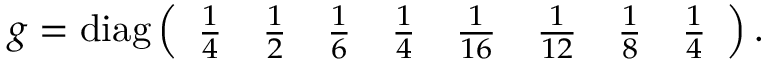
g = \mathrm { d i a g } \left( \begin{array} { c c c c c c c c } { { \frac 1 4 } } & { { \frac 1 2 } } & { { \frac 1 6 } } & { { \frac 1 4 } } & { { \frac 1 { 1 6 } } } & { { \frac 1 { 1 2 } } } & { { \frac 1 { 8 } } } & { { \frac 1 4 } } \end{array} \right) .